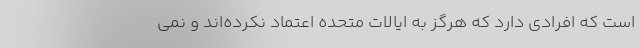
است که افرادی دارد که هرگز به ایالات متحده اعتماد نکرده‌اند و نمی